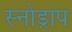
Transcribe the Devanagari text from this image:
स्नोड्राप